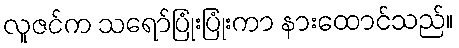
လူဇင်က သရော်ပြုံးပြုံးကာ နားထောင်သည်။